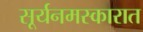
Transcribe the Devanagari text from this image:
सूर्यनमस्कारात